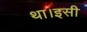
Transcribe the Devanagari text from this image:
था।इसी